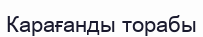
Карағанды торабы